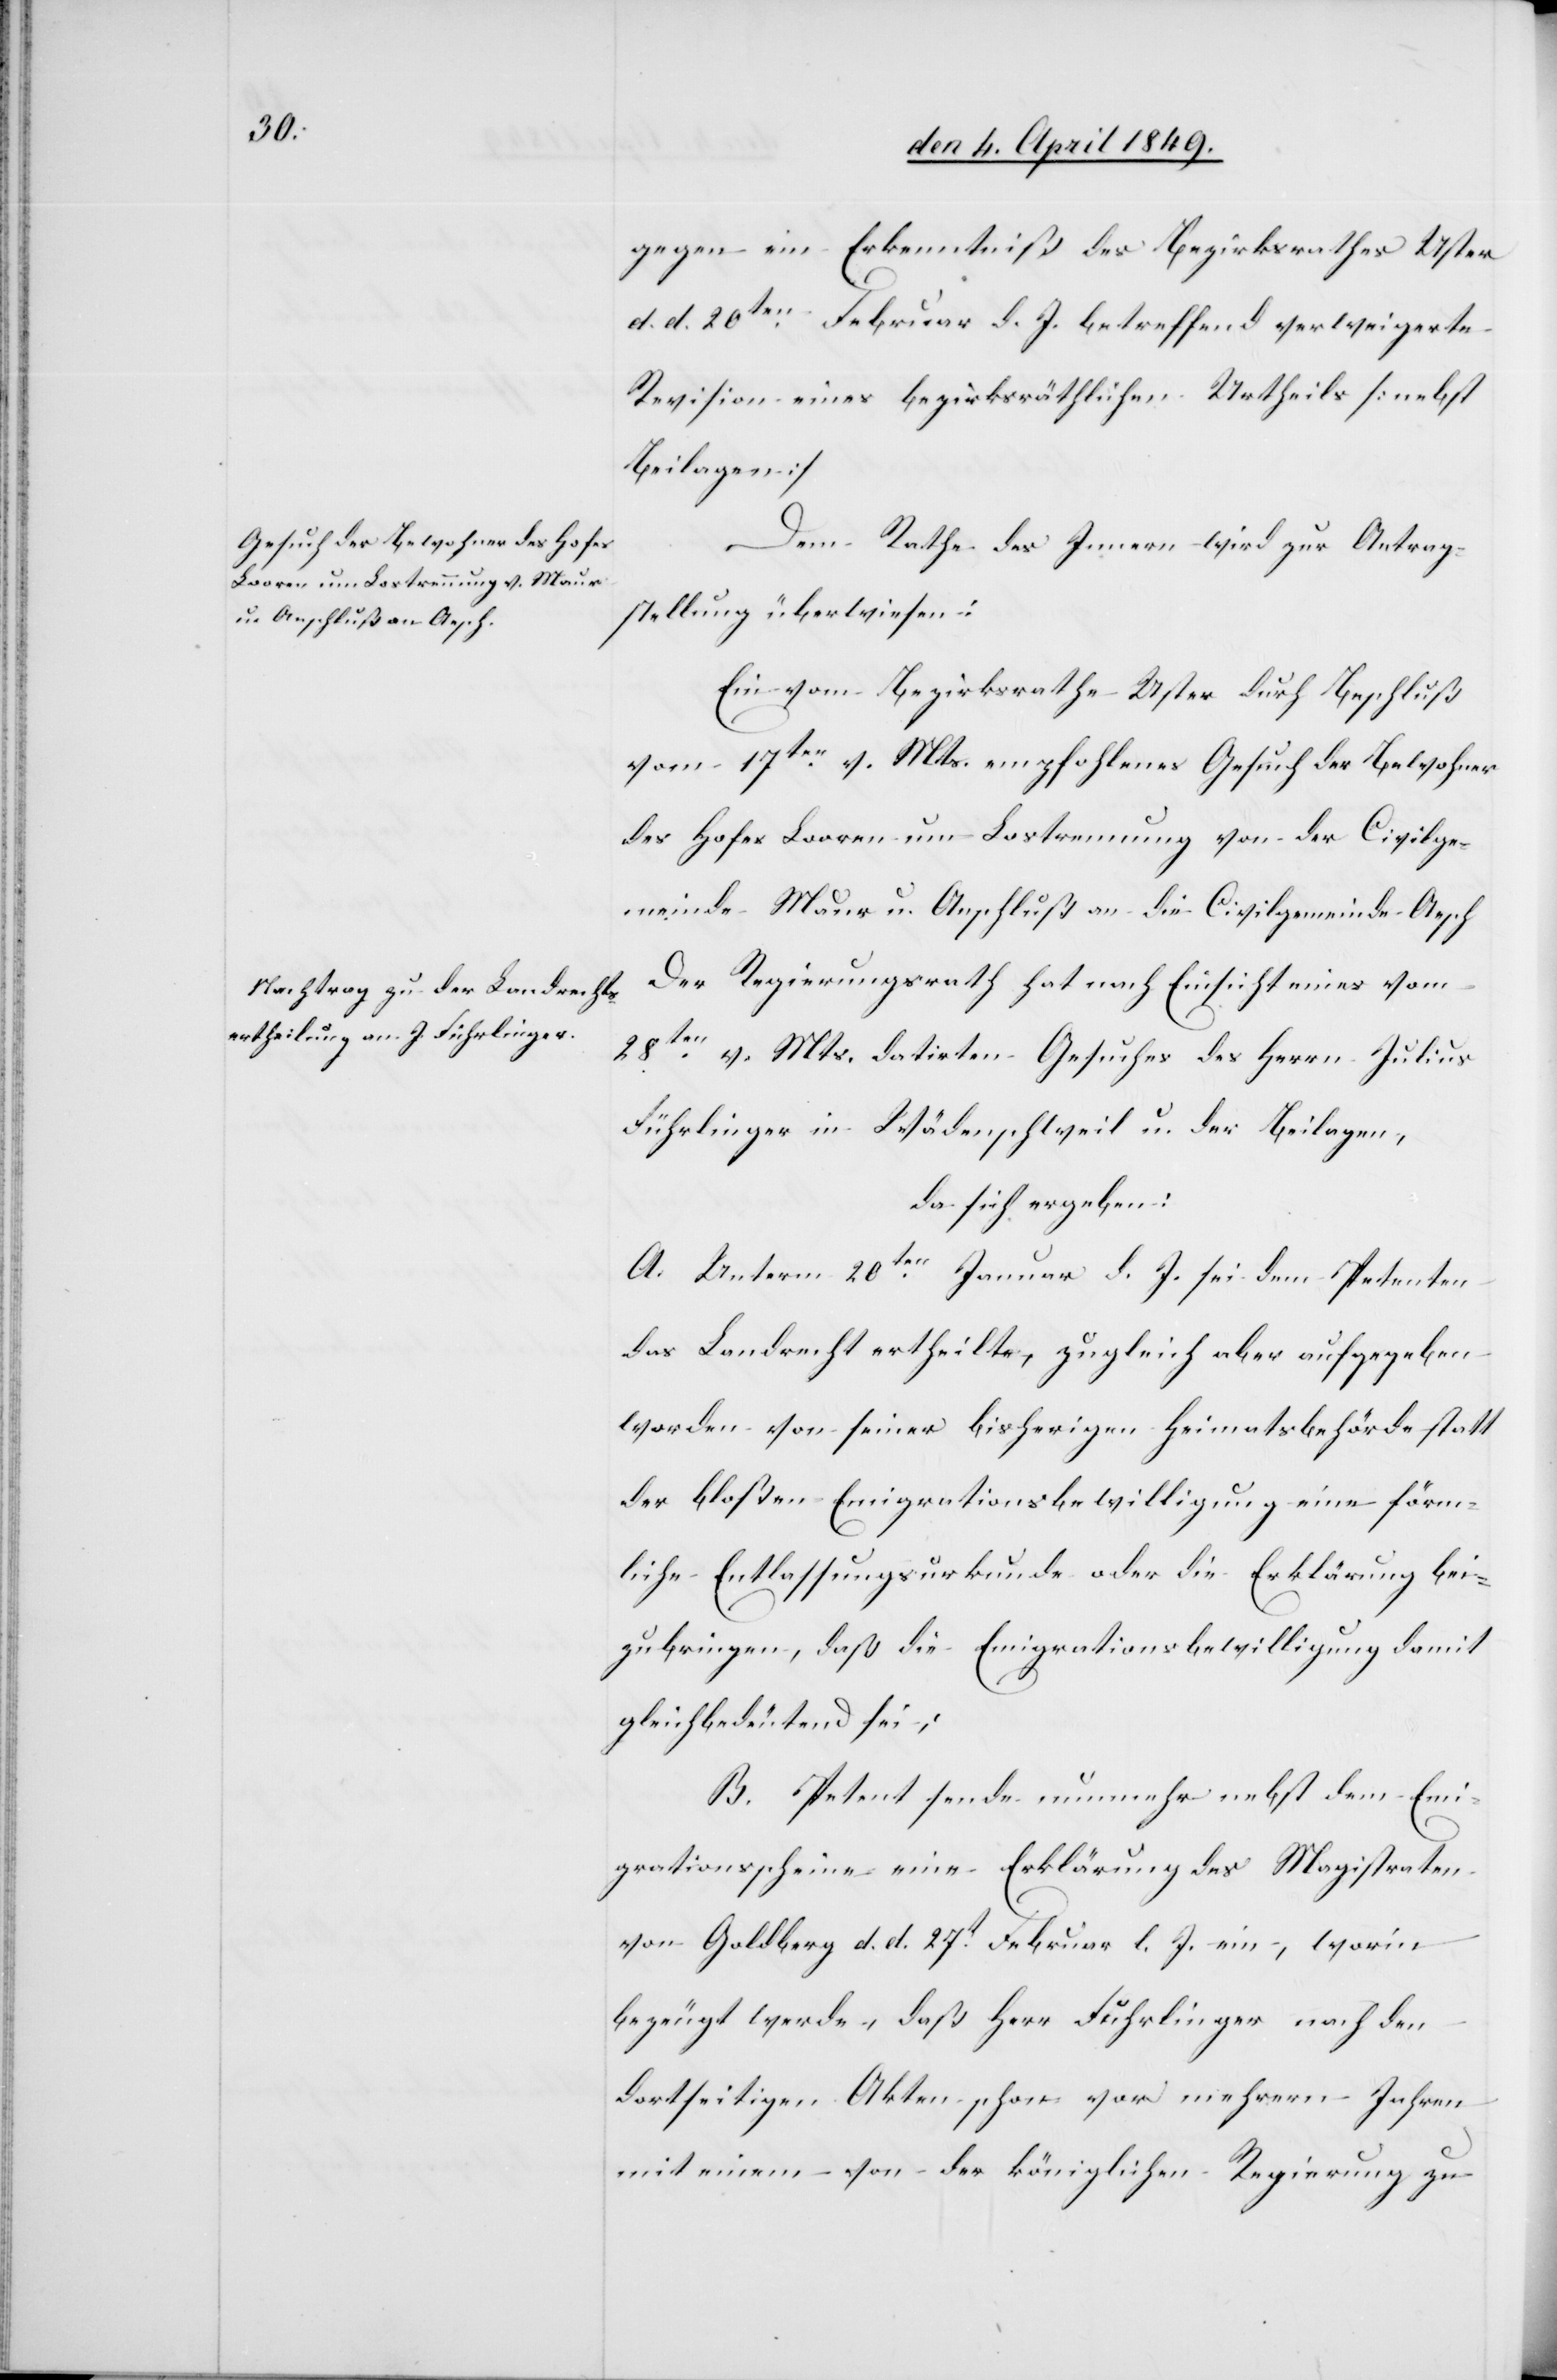
gegen ein Erkenntniß des Bezirksrathes Uster
d. d. 20ten Februar d. J. betreffend verweigerte
Revision eines bezirksräthlichen Urtheils [nebst
Beilagen][.]
Dem Rathe des Innern wird zur Antrag¬
stellung überwiesen:
Ein vom Bezirksrathe Uster durch Beschluß
vom 17ten v. Mts. empfohlenes Gesuch der Bewohner
des Hofes Looren um Lostrennung von der Civilge¬
meinde Maur in Anschluß an die Civilgemeinde Aesch[.]
Der Regierungsrath hat nach Einsicht eines vom
28ten v. Mts. datirten Gesuches des Herrn Julius
Führlinger in Wädenschweil u. der Beilagen,
da sich ergeben:
A. Unterm 20ten Januar d. J. sei dem Petenten
das Landrecht ertheilte [sic!], zugleich aber aufgegeben
worden von seiner bisherigen Heimatsbehörde statt
der bloßen Emigrationsbewilligung eine förm¬
liche Entlassungsurkunde oder die Erklärung bei¬
zubringen, daß die Emigrationsbewilligung damit
gleichbedeutend sei;
B. Petent sende nunmehr nebst dem Emi¬
grationsscheine eine Erklärung des Magistraten
von Goldberg d. d. 27t Februar l. J. ein, worin
bezeugt werde, daß Herr Fuhrlinger [sic!] nach den
dortseitigen Akten schon vor mehrern Jahren
mit einem von der königlichen Regierung zu